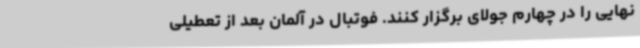
نهایی را در چهارم جولای برگزار کنند. فوتبال در آلمان بعد از تعطیلی